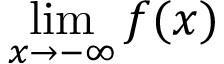
\operatorname* { l i m } _ { x \to - \infty } f ( x )